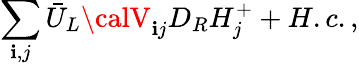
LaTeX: \sum_{\mathbf{i},j}\bar{{U}}_{L}{\calV}_{\mathbf{i}j}D_{R}H_{j}^{+}+H.c.,